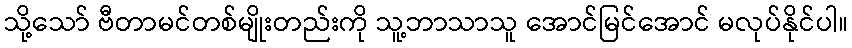
သို့သော် ဗီတာမင်တစ်မျိုးတည်းကို သူ့ဘာသာသူ အောင်မြင်အောင် မလုပ်နိုင်ပါ။